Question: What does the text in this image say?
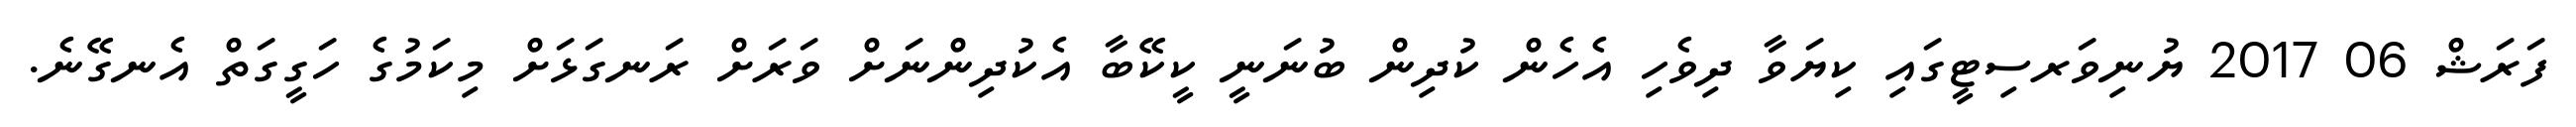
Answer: ފަރަޝް 06 2017 ޔުނިވަރސިޓީގައި ކިޔަވާ ދިވެހި އެހެން ކުދިން ބުނަނީ ކީކޭބާ އެކުދިންނަށް ވަރަށް ރަނގަޅަށް މިކަމުގެ ހަގީގަތް އެނގޭނެ.